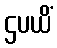
ဌပယိံ